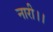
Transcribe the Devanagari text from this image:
नारी।।